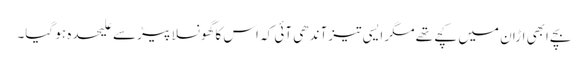
بچے ابھی اڑان میں کچے تھے مگر ایسی تیز آندھی آئی کہ اس کا گھونسلا پیڑ سے علیحدہ ہو گیا۔